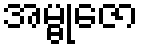
အမ္ဗုဇော